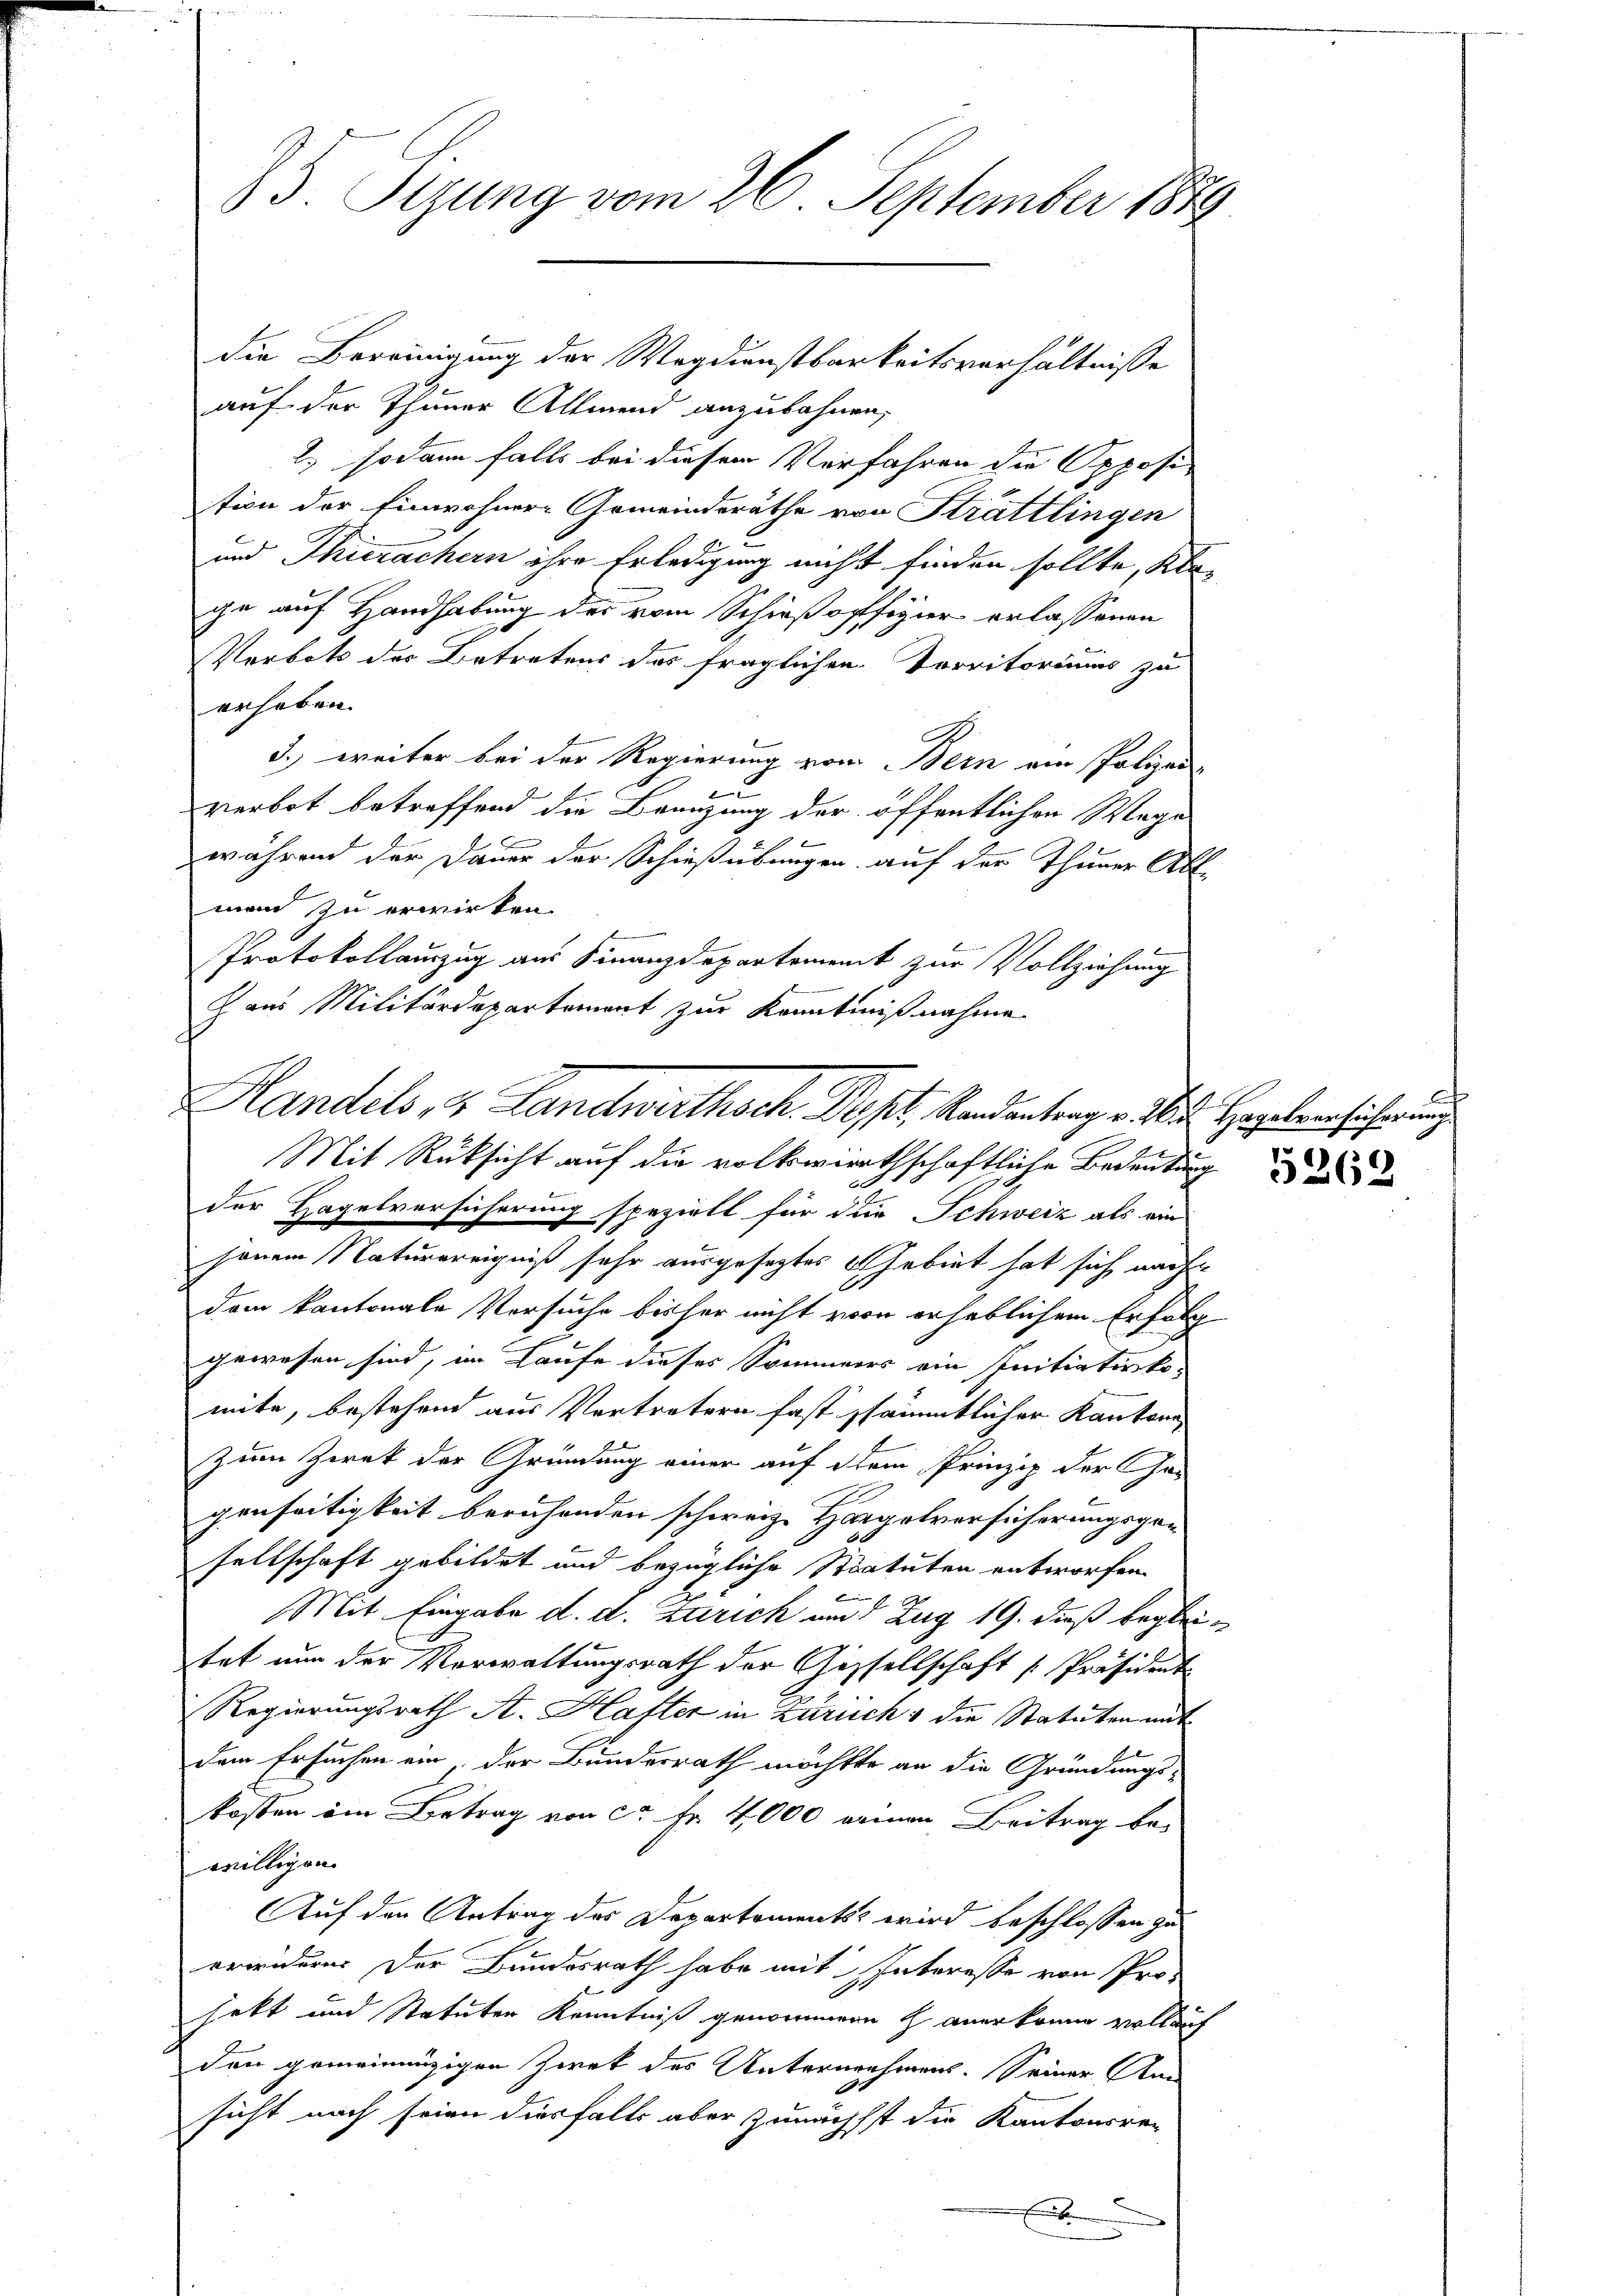
75. Sizung vom 26. September 1889.
die Bereinigung der Wagdienstbarkeitsverhältnisse

auf der Thuner Allmend anzubahnen,
2. sodann falls bei diesem Verfahren die Opposi
tion der Einwohner Gemeinderäthe von Strattlingen
und Thierachern ihre Erledigung nicht finden sollte, Klace auf Handhabung des vom Schießopffigier erlassenen
Verbots des Betretens des fraglichen Vorritoriums zu
erheben.
3.) weiter bei der Regierung vom Bern ein Polizei-
u
verbot betreffend die Beauzung der öffentlichen Wage
während der Dauer der Schießübungen auf der Thuner Abl
mann zu erwirken.
Protokollauszug aus Finanzdepartement zur Vollziehung
c aus Militärdepartement zur Kenntnißnahme.

Handels, & Landwirthsch Pept. Randantrag v. M. Hagelversicherung
Mit Rüksicht auf die volkswirthschaftliche Bedeutung

a
der Hagelversicherung speziell für die Schweiz als ein
jenem Naturereigniß sehr ausgesetztes Gebiet hat sich nach
dem kantonale Versuche bisher nicht vorn erheblichem Erfolg
gewesen sind, im Laufe dieses Sommers ein Initiativko-
mite, bestehend aus Vertretern fast sämmtlicher Kantone
Zum Zwek der Gründung einer auf dem Prinzip der Ge¬
I
genseitigkeit beruhenden schweiz. Horgelversicherungsgesellschaft gebildet und bezügliche Statuten entworfen.
 xx
Mit Eingabe d. d. Zürich am 7 Zug 19. dieß begleitet nun der Verwaltungsrath der Gesellschaft [Präsident
Regierungsrath A. Hafter in Zürich & die Statuten mit
dem Ersuchen ein, der Bundesrath möchtte an die Gründungs-
kosten im Betrag von ca Fr. 4000 einen Beitrag be-
willigen
Auf den Antrag des Departements wird beschlossen zu
erwidern. Der Bundesrath habe mit Interesse von Pro-
hebt und Statuten Kenntniß genommene h anerkenne vollauf
den gemeinnüzigen Zwek des Unternehmens. Seiner An
sicht nach seien diesfalls aber zunächst die Kantonsrer
x

5262